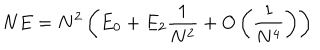
LaTeX: N E = N ^ { 2 } \left( E _ { 0 } + E _ { 2 } \frac { 1 } { N ^ { 2 } } + O \left( \frac { 1 } { N ^ { 4 } } \right) \right)